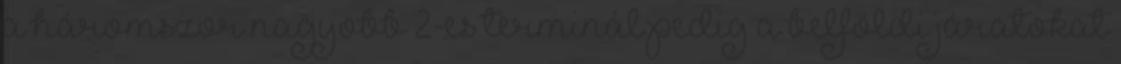
a háromszor nagyobb 2-es terminál pedig a belföldi járatokat